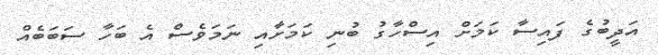
އަދީބުގެ ފައިސާ ކަމަށް އިސްހާގު ބުނި ކަމަށާއި ނަމަވެސް އެ ބަހާ ސަބަބެއް